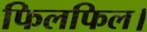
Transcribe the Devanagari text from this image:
फिलफिल।